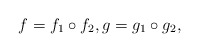
\begin{align*}f=f_1\circ f_2, g=g_1\circ g_2,\end{align*}